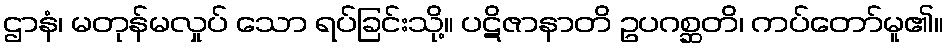
ဌာနံ၊ မတုန်မလှုပ် သော ရပ်ခြင်းသို့။ ပဋိဇာနာတိ ဥပဂစ္ဆတိ၊ ကပ်တော်မူ၏။